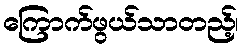
ကြောက်ဖွယ်သာတည့်၊